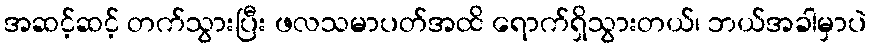
အဆင့်ဆင့် တက်သွားပြီး ဖလသမာပတ်အထိ ရောက်ရှိသွားတယ်၊ ဘယ်အခါမှာပဲ